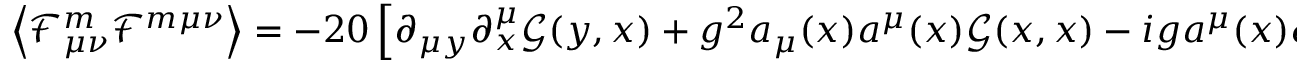
\left\langle \mathcal F _ { \mu \nu } ^ { m } \mathcal F ^ { m \mu \nu } \right\rangle = - 2 0 \left[ \partial _ { \mu y } \partial _ { x } ^ { \mu } \mathcal G ( y , x ) + g ^ { 2 } a _ { \mu } ( x ) a ^ { \mu } ( x ) \mathcal G ( x , x ) - i g a ^ { \mu } ( x ) \partial _ { \mu x } \mathcal P ^ { * } ( y , x ) + i g a ^ { \mu } ( x ) \partial _ { \mu x } \mathcal P ( y , x ) \right] \Bigr | _ { y = x }